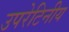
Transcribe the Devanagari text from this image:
उपरेटिनीय